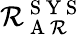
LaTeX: \mathcal{R}_{\mathrm{{~A~\mathcal{R}~}}}^{\mathrm{{~S~Y~S~}}}